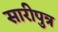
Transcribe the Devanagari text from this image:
सारीपुत्र